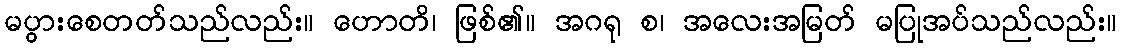
မပွားစေတတ်သည်လည်း။ ဟောတိ၊ ဖြစ်၏။ အဂရု စ၊ အလေးအမြတ် မပြုအပ်သည်လည်း။